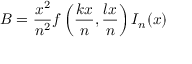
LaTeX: B = \frac { x ^ { 2 } } { n ^ { 2 } } f \left( \frac { k x } { n } , \frac { l x } { n } \right) I _ { n } ( x )